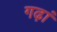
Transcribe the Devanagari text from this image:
गढ़ां